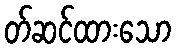
တ်ဆင်ထားသော